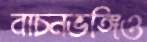
বাচনভঙ্গিও